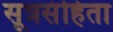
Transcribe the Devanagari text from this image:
सूत्रसंहिता